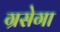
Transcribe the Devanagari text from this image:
ग्रसेगा